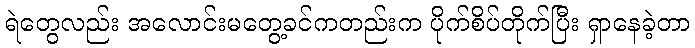
ရဲတွေလည်း အလောင်းမတွေ့ခင်ကတည်းက ပိုက်စိပ်တိုက်ပြီး ရှာနေခဲ့တာ